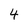
Character: 4